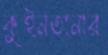
কুইনতানার